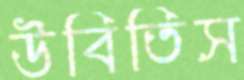
উবিতিস